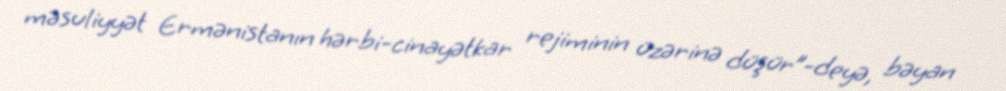
məsuliyyət Ermənistanın hərbi-cinayətkar rejiminin üzərinə düşür”-deyə, bəyan